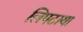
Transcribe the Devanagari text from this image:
लिपटाया